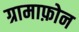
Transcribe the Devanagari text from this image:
ग्रामाफ़ोन